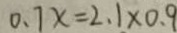
0 . 7 x = 2 . 1 \times 0 . 9